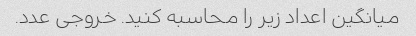
میانگین اعداد زیر را محاسبه کنید. خروجی عدد.